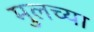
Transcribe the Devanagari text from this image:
मुलच्या